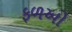
ફળઓ